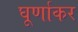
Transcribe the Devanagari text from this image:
घूर्णाकर